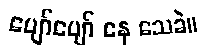
ပျော်ပျော် နေ သေခဲ။